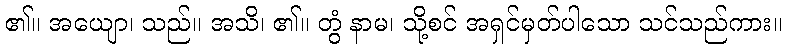
၏။ အယျော၊ သည်။ အသိ၊ ၏။ တွံ နာမ၊ သို့စင် အရှင်မှတ်ပါသော သင်သည်ကား။